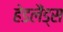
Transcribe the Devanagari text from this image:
हेडलैंड्स